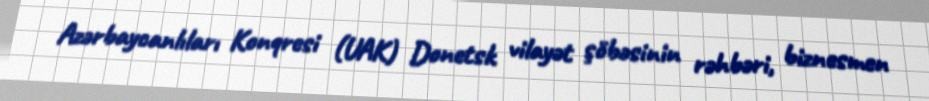
Azərbaycanlıları Konqresi (UAK) Donetsk vilayət şöbəsinin rəhbəri, biznesmen